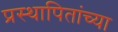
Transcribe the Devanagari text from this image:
प्रस्थापितांच्या